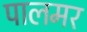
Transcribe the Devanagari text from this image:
पालमर